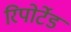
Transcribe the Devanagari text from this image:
रिपोर्टेड